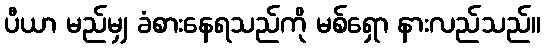
ပီယာ မည်မျှ ခံစားနေရသည်ကို မစ်ရှော နားလည်သည်။